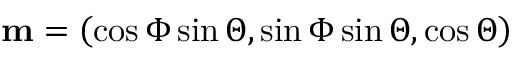
\mathbf { m } = \left( \cos \Phi \sin \Theta , \sin \Phi \sin \Theta , \cos \Theta \right)